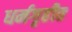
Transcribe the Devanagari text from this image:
धर्मगृहीत